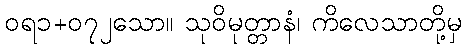
ဝရ၁+၀၇၂သော။ သုဝိမုတ္တာနံ၊ ကိလေသာတို့မှ